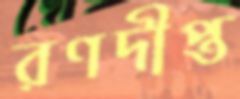
রণদীপ্ত